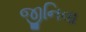
જીનિવા